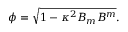
\phi = \sqrt { 1 - \kappa ^ { 2 } B _ { m } B ^ { m } } .